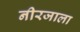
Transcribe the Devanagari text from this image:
नीरजाला